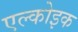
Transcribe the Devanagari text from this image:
एल्कोइक